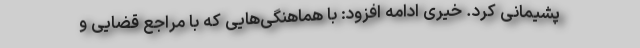
پشیمانی کرد. خیری ادامه افزود: با هماهنگی‌هایی که با مراجع قضایی و